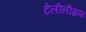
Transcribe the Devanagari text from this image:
टेलीलीग्राफ